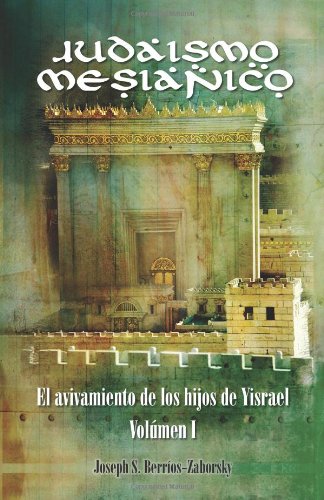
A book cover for Judaismo Mesianico: El Avivamiento de Los Hijos de Yisrael (Spanish Edition); Joseph S. Berrios-Zaborsky; Christian Books & Bibles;